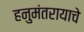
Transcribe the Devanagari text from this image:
हनुमंतरायाचे